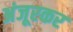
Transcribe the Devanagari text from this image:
अंजूरकर